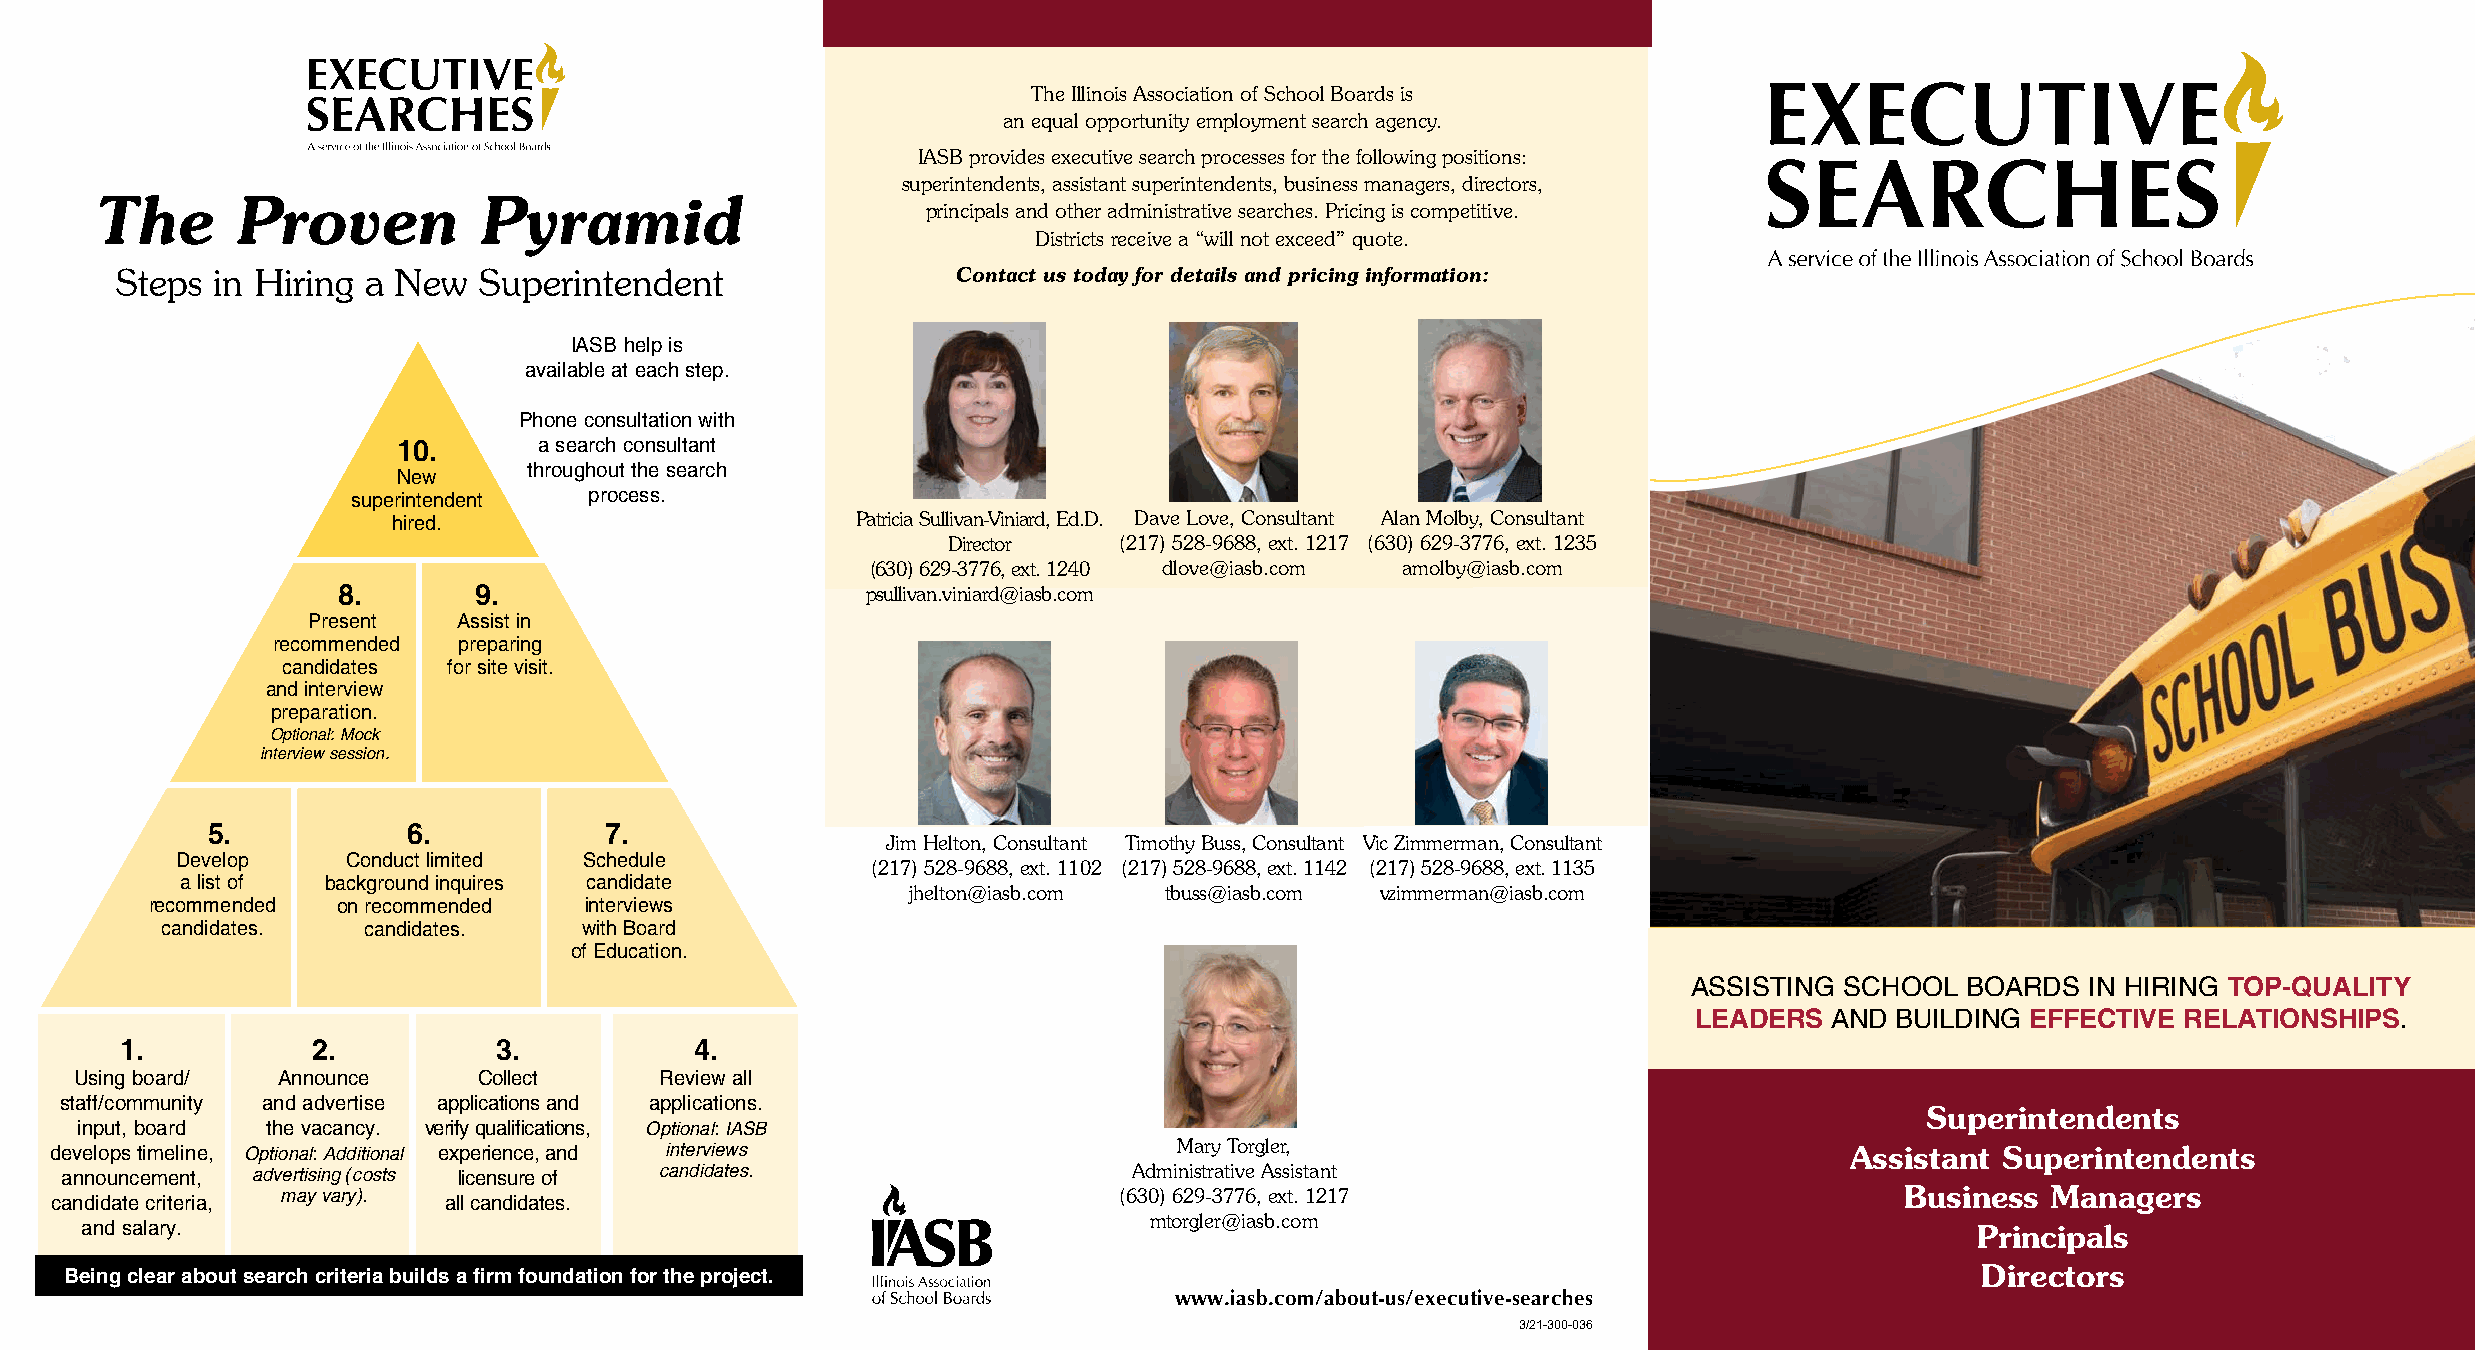
The Illinois Association of School Boards is
 an equal opportunity employment search agency.
 IASB provides executive search processes for the following positions:
 superintendents, assistant superintendents, business managers, directors,
 The       Proven          Pyramid
 principals and other administrative searches. Pricing is competitive.
 Districts receive a “will not exceed” quote.
 Steps in Hiring a New   Superintendent                 Contact us today for details and pricing information:
 IASB help is
 available at each step.
 Phone consultation with
 10.       a search consultant
 throughout the search
 New
 superintendent  process.
 hired.                         Patricia Sullivan-Viniard, Ed.D. Dave Love, Consultant Alan Molby, Consultant
 Director   (217) 528-9688, ext. 1217 (630) 629-3776, ext. 1235
 (630) 629-3776, ext. 1240 dlove@iasb.com amolby@iasb.com
 8.       9.                        psullivan.viniard@iasb.com
 Present   Assist in
 recommended preparing
 candidates for site visit.
 and interview
 preparation.
 Optional: Mock
 interview session.
 5.           6.           7.
 Jim Helton, Consultant Timothy Buss, Consultant Vic Zimmerman, Consultant
 Develop    Conduct limited Schedule
 (217) 528-9688, ext. 1102 (217) 528-9688, ext. 1142 (217) 528-9688, ext. 1135
 a list of background inquires candidate
 jhelton@iasb.com tbuss@iasb.com vzimmerman@iasb.com
 recommended on recommended   interviews
 candidates.  candidates.    with Board
 of Education.
 ASSISTING SCHOOL  BOARDS  IN HIRING TOP-QUALITY
 LEADERS  AND BUILDING EFFECTIVE  RELATIONSHIPS.
 1.           2.          3.           4.
 Using board/ Announce      Collect     Review all
 staff/community and advertise applications and applications.
 Superintendents
 input, board the vacancy. verify qualifications, Optional: IASB
 develops timeline, Optional: Additional experience, and interviews         Mary Torgler,                               Assistant  Superintendents
 announcement, advertising (costs licensure of candidates.              Administrative Assistant
 may vary).                                             (630) 629-3776, ext. 1217                           Business  Managers
 candidate criteria,       all candidates.
 mtorgler@iasb.com
 and salary.                                                                                                                   Principals
 Being clear about search criteria builds a firm foundation for the project.                                                    Directors
 www.iasb.com/about-us/executive-searches
 3/21-300-036